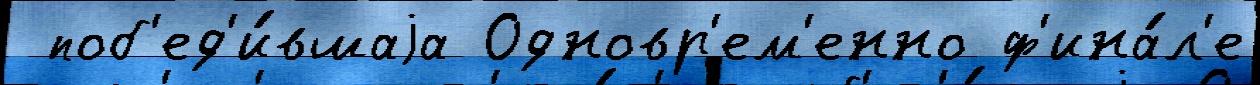
 поб'ед'и́вшаjа Одновр'ем'енно ф'ина́л'е